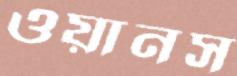
ওয়ানস